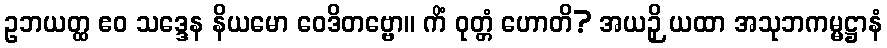
ဥဘယတ္ထ ဧဝ သဒ္ဒေန နိယမော ဝေဒိတဗ္ဗော။ ကိံ ဝုတ္တံ ဟောတိ? အယဉှိ ယထာ အသုဘကမ္မဋ္ဌာနံ